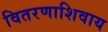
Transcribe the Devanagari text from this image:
वितरणाशिवाय